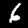
Label: 6